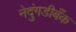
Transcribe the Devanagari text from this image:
नेदुंगडीबँक